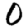
Digit: 0